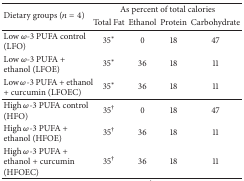
| <ROWSPAN=2> Dietary groups (n = 4) | <COLSPAN=4> As percent of total calories |
 | Total Fat | Ethanol | Protein | Carbohydrate |
 | --- | --- | --- | --- | --- |
 | Low ω-3 PUFA control (LFO) | 35∗ | 0 | 18 | 47 |
 | Low ω-3 PUFA + ethanol (LFOE) | 35∗ | 36 | 18 | 11 |
 | Low ω-3 PUFA + ethanol + curcumin (LFOEC) | 35∗ | 36 | 18 | 11 |
 | High ω-3 PUFA control (HFO) | 35† | 0 | 18 | 47 |
 | High ω-3 PUFA + ethanol (HFOE) | 35† | 36 | 18 | 11 |
 | High ω-3 PUFA + ethanol + curcumin (HFOEC) | 35† | 36 | 18 | 11 |